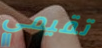
تقيمي